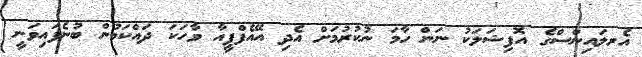
އެރލައިންސްގެ އޮފިޝަލަކު ނަން ހާމަ ނުކުރުމަށް އެދި އޭއެފްޕީއާ ވާހަކަ ދައްކަމުން ބުނެފައިވަނީ